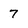
Character: 7